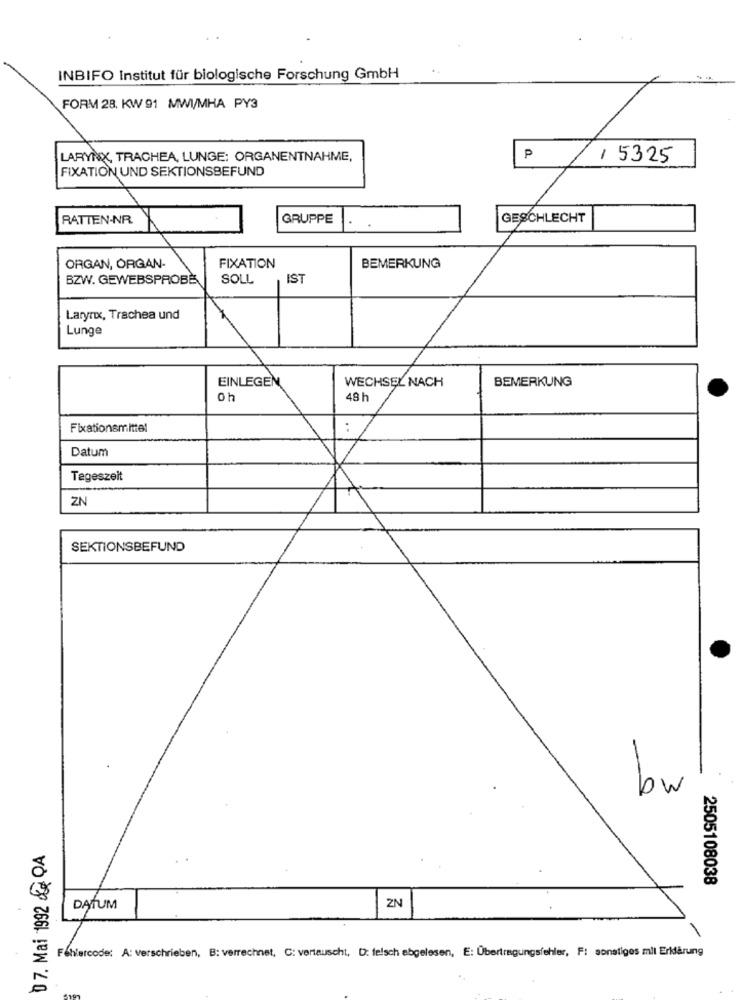
INBIFO Institut für biologische Forschung GmbH
FORM 28. KW 91 MWI/MHA PY3
LARYNX, TRACHEA, LUNGE: ORGANENTNAHME,
P
/ 5325
FIXATION UND SEKTIONSBEFUND
RATTEN-NR
GRUPPE
GESCHLECHT
FIXATION
ORGAN, ORGAN-
BEMERKUNG
BZW. GEWEBSPROBE
SOLL
IST
Larynx, Trachea und
Lunge
EINLEGEN
WECHSEL NACH
BEMERKUNG
oh
48 h
Fixationsmittel
..
Datum
Tageszeit
ZN
SEKTIONSBEFUND
bw
0 7. Mai 1992 & QA
2505108038
ZN
DATUM
Fehlercode: A: verschrieben, B: verrechnet, C: vertauscht, D: felsch abgelesen, E: Übertragungsfehler, F: sonstiges mil Erklärung